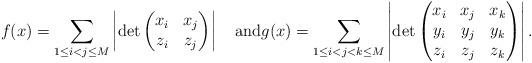
LaTeX: \begin{align*}f(x)=\sum_{1 \le i < j \le M} \left |\det\begin{pmatrix}x_i & x_j \\z_i & z_j \end{pmatrix}\right|\quad\hbox{and}g(x)=\sum_{1 \le i < j < k \le M} \left |\det\begin{pmatrix}x_i & x_j & x_k \\y_i & y_j & y_k \\z_i & z_j & z_k\end{pmatrix}\right|.\end{align*}